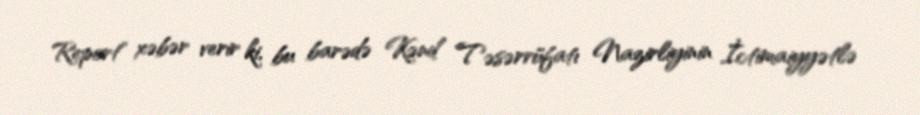
Report" xəbər verir ki, bu barədə Kənd Təsərrüfatı Nazirliyinin İctimaiyyətlə